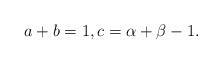
LaTeX: \begin{align*}a+b=1, c=\alpha+\beta-1.\end{align*}